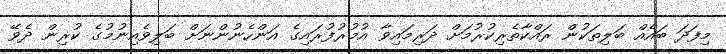
މިފަދަ ބައެއް ބަލިތަކުން ރައްކާތެރިކުރުމަށް ދަރިމައިވާ އުމުރުފުރައިގެ އަންހެނުންނަށް ބަލިވެއިނުމުގެ ކުރިން ދެވޭ